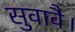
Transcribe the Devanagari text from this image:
सुवावै।